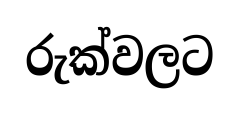
රුක්වලට